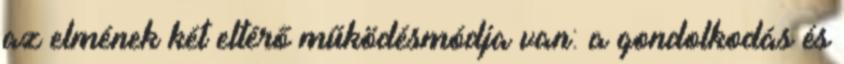
az elmének két eltérő működésmódja van: a gondolkodás és